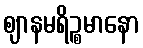
ဈာနမရိဉ္စမာနော